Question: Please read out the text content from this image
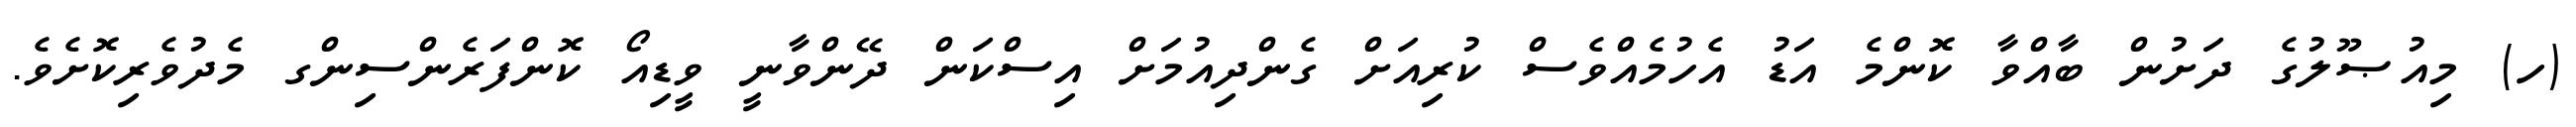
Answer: (ހ) މިއުޞޫލުގެ ދަށުން ބާއްވާ ކޮންމެ އަޑު އެހުމެއްވެސް ކުރިއަށް ގެންދިއުމަށް އިސްކަން ދޭންވާނީ ވީޑިއޯ ކޮންފަރެންސިންގ މެދުވެރިކޮށެވެ.